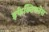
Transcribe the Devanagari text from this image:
इफेक्टिवनेस